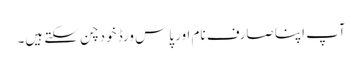
آپ اپنا صارف نام اور پاس ورڈ خود چن سکتے ہیں۔